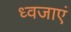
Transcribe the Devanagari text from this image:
ध्वजाएं